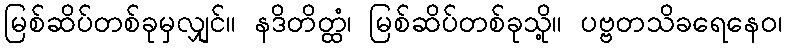
မြစ်ဆိပ်တစ်ခုမှလျှင်။ နဒိတိတ္ထံ၊ မြစ်ဆိပ်တစ်ခုသို့။ ပဗ္ဗတသိခရေနေဝ၊